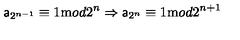
{ \sf a } _ { 2 ^ { n - 1 } } \equiv 1 { \mathrm m o d } 2 ^ { n } \Rightarrow { \sf a } _ { 2 ^ { n } } \equiv 1 { \mathrm m o d } 2 ^ { n + 1 }